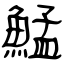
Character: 鯭